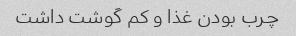
چرب بودن غذا و کم گوشت داشت